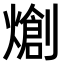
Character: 𤏬